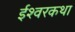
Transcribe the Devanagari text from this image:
ईश्वरकथा